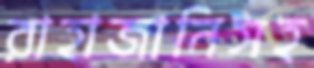
রাহাজানিসহ